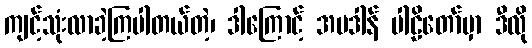
ကျင့်သုံးလာခဲ့ကြပါတယ်တဲ့၊ ဒါကြောင့် အပဒါန် ပါဠိတော်မှာ ဒီလို